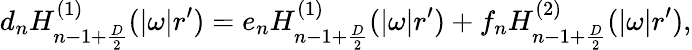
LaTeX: d_{n}H_{n-1+{\frac{D}{2}}}^{(1)}(|\omega|r^{\prime})=e_{n}H_{n-1+{\frac{D}{2}}}^{(1)}(|\omega|r^{\prime})+f_{n}H_{n-1+{\frac{D}{2}}}^{(2)}(|\omega|r^{\prime}),